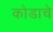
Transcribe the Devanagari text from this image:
कोडाचे